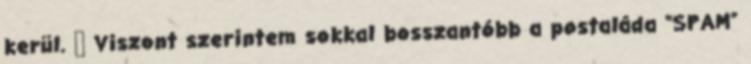
kerül. 🙂 Viszont szerintem sokkal bosszantóbb a postaláda “SPAM”